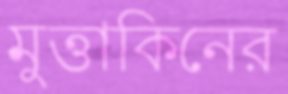
মুত্তাকিনের